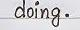
doing .